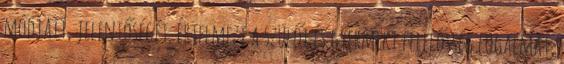
módjait, jelentőségét. Értelmezi a szülői és gyermeki felelősség fogalmát,